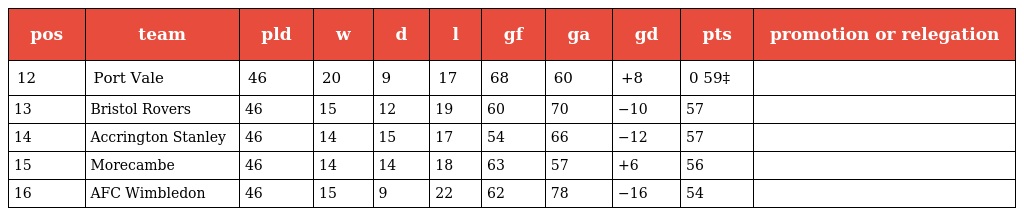
| pos | team | pld | w | d | l | gf | ga | gd | pts | promotion or relegation |
 | --- | --- | --- | --- | --- | --- | --- | --- | --- | --- | --- |
 | 12 | Port Vale | 46 | 20 | 9 | 17 | 68 | 60 | +8 | 0 59‡ |  |
 | 13 | Bristol Rovers | 46 | 15 | 12 | 19 | 60 | 70 | −10 | 57 |  |
 | 14 | Accrington Stanley | 46 | 14 | 15 | 17 | 54 | 66 | −12 | 57 |  |
 | 15 | Morecambe | 46 | 14 | 14 | 18 | 63 | 57 | +6 | 56 |  |
 | 16 | AFC Wimbledon | 46 | 15 | 9 | 22 | 62 | 78 | −16 | 54 |  |